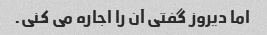
اما دیروز گفتی آن را اجاره می کنی.